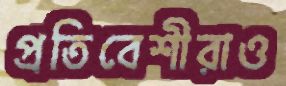
প্রতিবেশীরাও